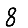
Digit: 8